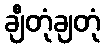
ချီတုံချတုံ